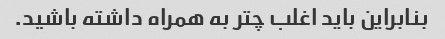
بنابراین باید اغلب چتر به همراه داشته باشید.